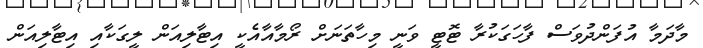
މާދަމާ އުފަންދުވަސް ފާހަގަކުރާ ޓޮޓީ ވަނީ މިހާތަނަށް ރޯމާއާއެކީ އިޓާލިއަން ލީގަކާއި އިޓާލިއަން